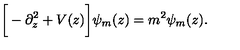
\bigg [ - \partial _ { z } ^ { 2 } + V ( z ) \bigg ] \psi _ { m } ( z ) = m ^ { 2 } \psi _ { m } ( z ) .